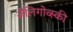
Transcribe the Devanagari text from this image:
जेलिगोव्स्की